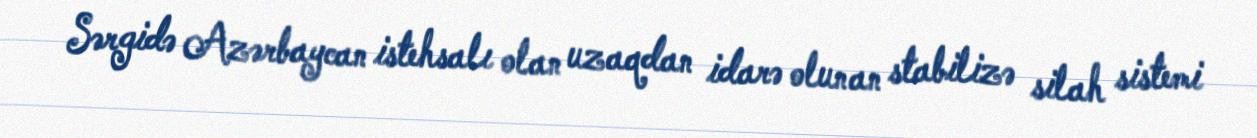
Sərgidə Azərbaycan istehsalı olan uzaqdan idarə olunan stabilizə silah sistemi